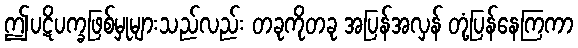
ဤပဋိပက္ခဖြစ်မှုများသည်လည်း တခုကိုတခု အပြန်အလှန် တုံ့ပြန်နေကြကာ